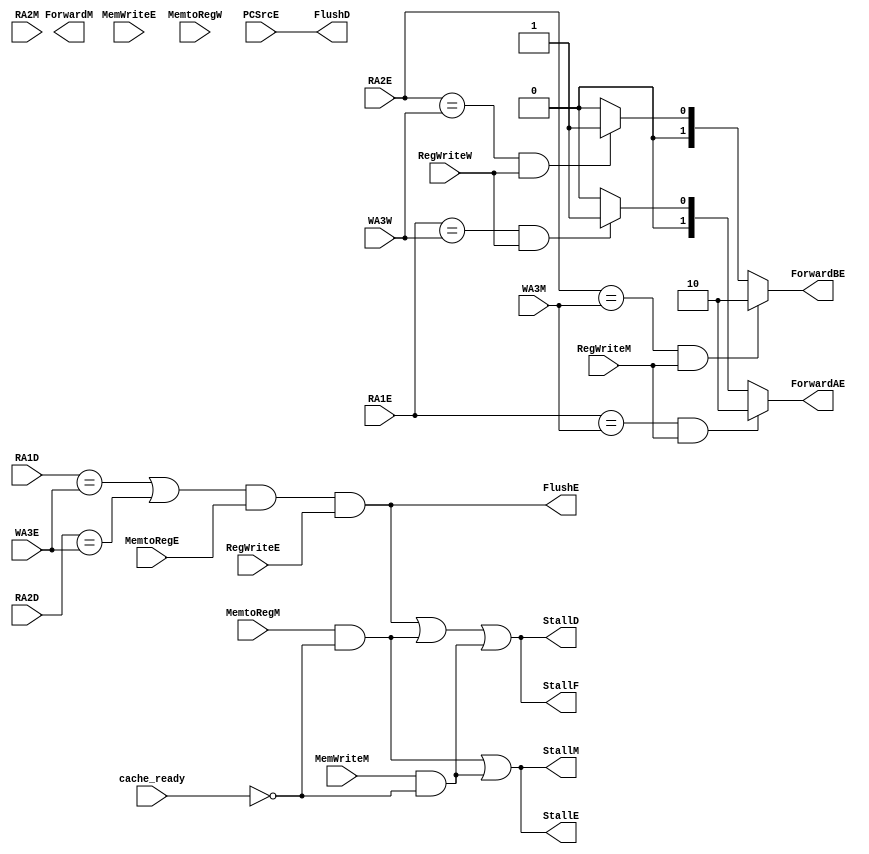
module hazard(
    // Fetch stage
    output StallF,

    // Decode stage
    input [3:0] RA1D,
    input [3:0] RA2D,
    output StallD,
    output FlushD,
    
    // Execute stage
    input [3:0] RA1E,
    input [3:0] RA2E,
    input [3:0] WA3E,
    input MemtoRegE,
    input MemWriteE,
    input PCSrcE,
    input RegWriteE, 
    output [1:0] ForwardAE,
    output [1:0] ForwardBE,
    output FlushE,
    // for cache stall
    output StallE,

    // MEM stage
    input [3:0] WA3M, 
    input [3:0] RA2M,
    input RegWriteM,
    input MemWriteM,
    output ForwardM,
    // for cache stall
    output StallM,
    // For cache miss, add MemtoRegM and cache_ready signal
    input MemtoRegM,
    input cache_ready,
    // input cache_busy,

    // Write-back stage
    input [3:0] WA3W,
    input RegWriteW,
    input MemtoRegW
);

    wire Match_1D_E, Match_2D_E;
    wire Match_1D_M, Match_2D_M;
    wire Match_1E_M, Match_2E_M;
    wire Match_1E_W, Match_2E_W;
    wire FlushE1, FlushE2;
    wire LDRstall;
    wire LDRstall_cache_read_miss;
    wire STRstall_cache_write_miss;

    assign Match_1D_E = (RA1D == WA3E);
    assign Match_2D_E = (RA2D == WA3E);
    assign Match_1D_M = (RA1D == WA3M);
    assign Match_2D_M = (RA2D == WA3M);
    assign Match_1E_M = (RA1E == WA3M);
    assign Match_2E_M = (RA2E == WA3M);
    assign Match_1E_W = (RA1E == WA3W);
    assign Match_2E_W = (RA2E == WA3W);

    // I. Data forward
    // I.1. DP-DP
    assign ForwardAE = (Match_1E_M && RegWriteM) ? 2'b10 : 
                       ((Match_1E_W && RegWriteW) ? 2'b01 : 2'b00);
    assign ForwardBE = (Match_2E_M && RegWriteM) ? 2'b10 : 
                       ((Match_2E_W && RegWriteW) ? 2'b01 : 2'b00);
    // I.2. MEM-MEM (LDR->STR, The stored content is just loaded from Mem)
    // NEED IMPROVE
    // With cache, LDR-STR, STR might be write miss so the forward data will lose
    // So we need to stall STR at D when LDR at E, and forward the data from WB to E, combined above
    // assign ForwardM =  (RA2M == WA3W) & MemWriteM & MemtoRegW & RegWriteW;
    

    // Stall
    // Current only support one-cycle stall, for MUL/DIV or cache, there are chances to stall for multiple cycles
    assign LDRstall = (Match_1D_E || Match_2D_E) & MemtoRegE & RegWriteE; // write back value is the operand of the next instruction
    // add for cache read miss
    assign LDRstall_cache_read_miss = MemtoRegM & ~cache_ready;
    // add for cache write miss, if STR is followed by another MEM instruction (LDR/STR)
    assign STRstall_cache_write_miss = MemWriteM & ~cache_ready ; // & (MemtoRegE | MemWriteE)

    assign StallF = LDRstall | LDRstall_cache_read_miss | STRstall_cache_write_miss;
    assign StallD = LDRstall | LDRstall_cache_read_miss | STRstall_cache_write_miss;
    assign StallE = LDRstall_cache_read_miss | STRstall_cache_write_miss;
    assign StallM = LDRstall_cache_read_miss | STRstall_cache_write_miss;
    assign FlushE1 = LDRstall;
    
    // Flush
    // Aujusted for branch prediction
    assign FlushD = PCSrcE;
    // assign FlushE2 = PCSrcE;

    // assign FlushE = FlushE1 || FlushE2;
    assign FlushE = FlushE1;

endmodule